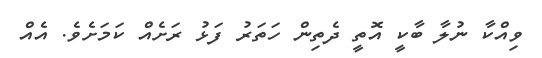
ވިއްކާ ނުލާ ބާކީ އޮތީ ދެތިން ހަތަރު ފަޅު ރަށެއް ކަމަށެވެ. އެއް